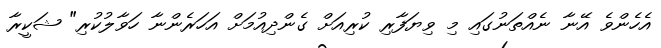
އެހެންވެ އޭނާ ނެއްތަނުގައި މި ވިޔަފާރި ކުރިއަށް ގެންދިއުމަށް އަހަރެންނާ ހަވާލުކުރި" ޝަކީރާ